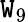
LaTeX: \mathtt{W}_{9}